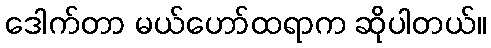
ဒေါက်တာ မယ်ဟော်ထရာက ဆိုပါတယ်။